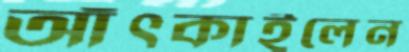
আঁৎকাইলেন